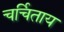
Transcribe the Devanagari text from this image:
चर्चिताय